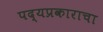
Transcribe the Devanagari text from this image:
पद्यप्रकाराचा